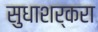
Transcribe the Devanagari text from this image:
सुधाशर्करा